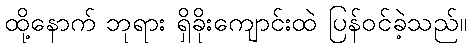
ထို့နောက် ဘုရား ရှိခိုးကျောင်းထဲ ပြန်ဝင်ခဲ့သည်။